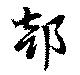
部